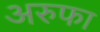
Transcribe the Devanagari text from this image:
अरुफा